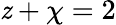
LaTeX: \mathit{z}+\chi=2